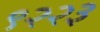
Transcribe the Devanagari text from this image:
९२२३